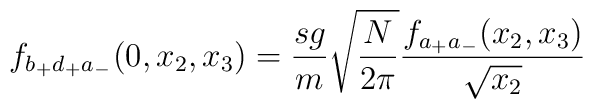
f_{b_+ d_+ a_-}(0,x_2,x_3) = \frac{sg}{m}\sqrt{\frac{N}{2\pi}}\frac{f_{a_+ a_-}(x_2, x_3)}{\sqrt{x_2}}